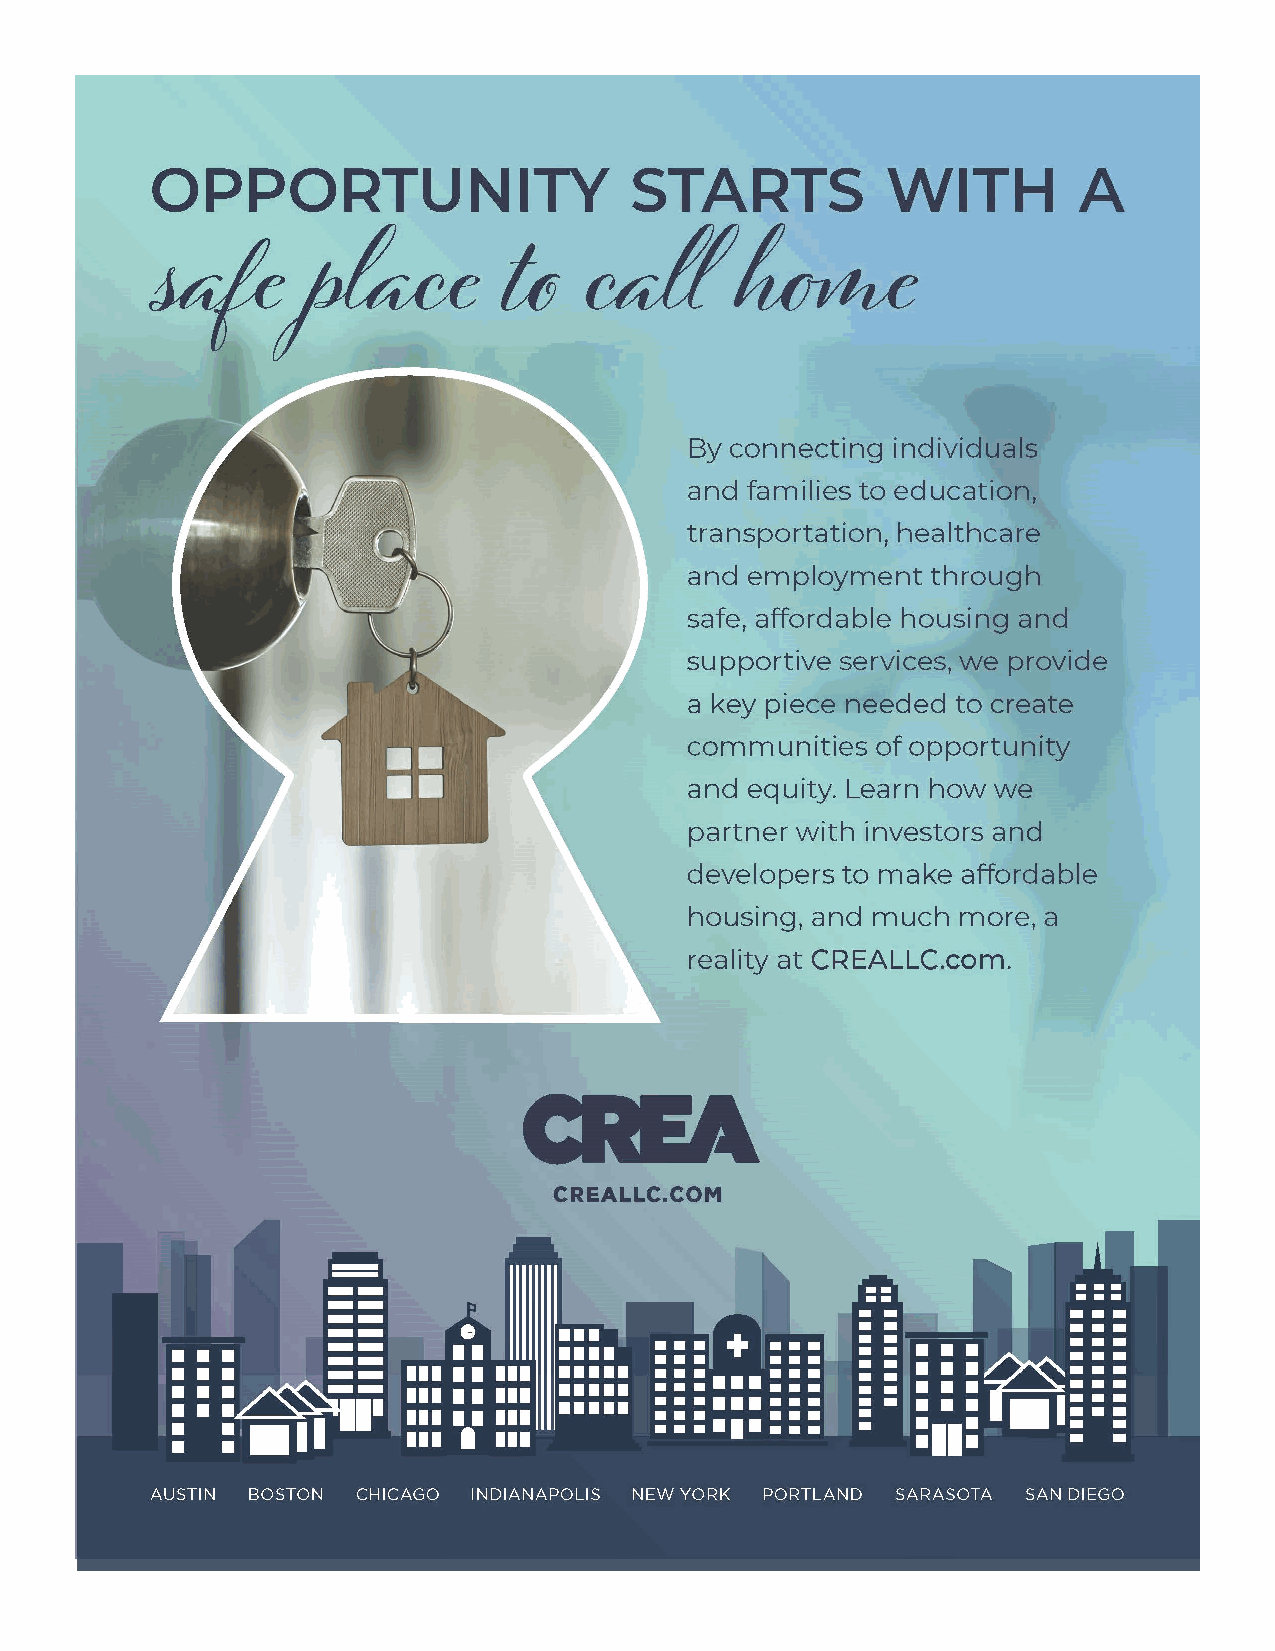
4
 n
 o
 ti
 a
 i
 c
 o
 s
 s
 A
 n
 o
 ti
 a
 t
 i
 l
 i
 b
 a
 h
 e
 R
 &
 g
 n
 i
 s
 u
 o
 H
 l
 a
 n
 o
 ti
 a
 N                       www.housingonline.com